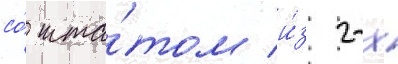
со́ шта́том и́з 2-х